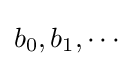
b_{0},b_{1},\cdots